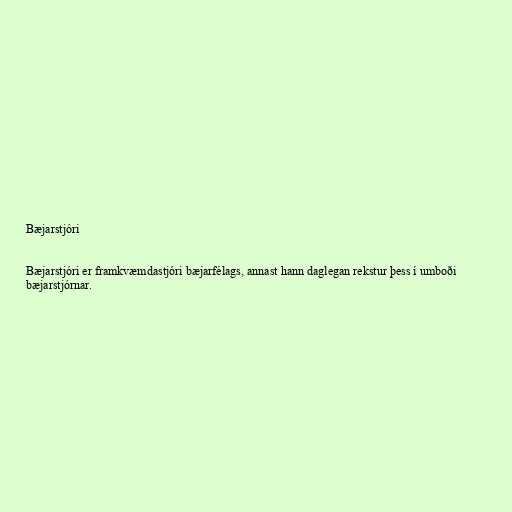
Bæjarstjóri

Bæjarstjóri er framkvæmdastjóri bæjarfélags, annast hann daglegan rekstur þess í umboði
bæjarstjórnar.